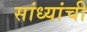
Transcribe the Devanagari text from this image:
सांध्यांची